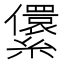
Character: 𰫶